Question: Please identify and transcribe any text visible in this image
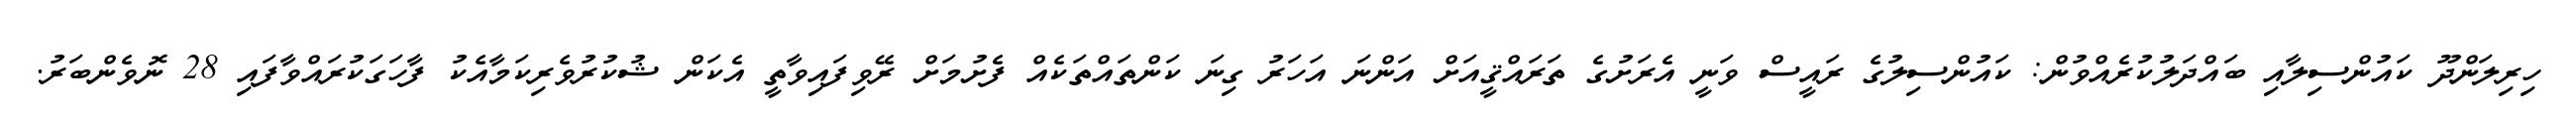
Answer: ހިރިލަންދޫ ކައުންސިލާއި ބައްދަލުކުރެއްވުން: ކައުންސިލުގެ ރައީސް ވަނީ އެރަށުގެ ތަރައްޤީއަށް އަންނަ އަހަރު ގިނަ ކަންތައްތަކެއް ފެށުމަށް ރޭވިފައިވާތީ އެކަން ޝުކުރުވެރިކަމާއެކު ފާހަގަކުރައްވާފައި 28 ނޮވެންބަރު.